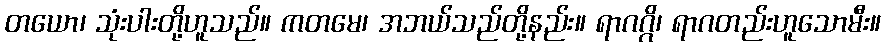
တယော၊ သုံးပါးတို့ဟူသည်။ ကတမေ၊ အဘယ်သည်တို့နည်း။ ရာဂဂ္ဂိ၊ ရာဂတည်းဟူသောမီး။